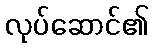
လုပ်ဆောင်၏